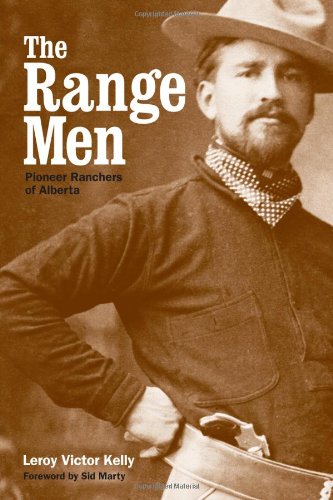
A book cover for The Range Men: Pioneer Ranchers of Alberta; Leroy Victor Kelly; Biographies & Memoirs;